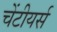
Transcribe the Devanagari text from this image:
चेंटीयर्स